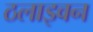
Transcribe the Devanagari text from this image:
ठलाइवन